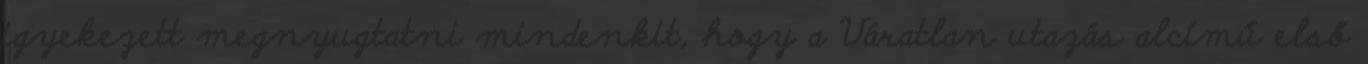
igyekezett megnyugtatni mindenkit, hogy a Váratlan utazás alcímű első